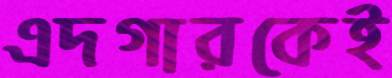
এদগারকেই